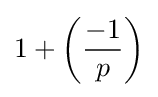
1+\left({\frac {-1}{p}}\right)